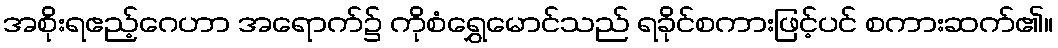
အစိုးရဧည့်ဂေဟာ အရောက်၌ ကိုစံရွှေမောင်သည် ရခိုင်စကားဖြင့်ပင် စကားဆက်၏။